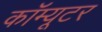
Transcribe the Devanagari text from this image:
कॉम्यूटर